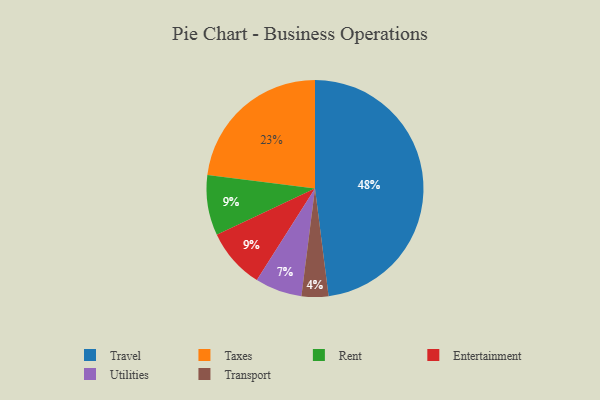
{"axis": {"x": "Category", "y": "Percentage"}, "legend": ["Entertainment", "Rent", "Taxes", "Transport", "Travel", "Utilities"], "data": [{"x": "Taxes", "y": 23, "type": "Taxes"}, {"x": "Rent", "y": 9, "type": "Rent"}, {"x": "Transport", "y": 4, "type": "Transport"}, {"x": "Travel", "y": 48, "type": "Travel"}, {"x": "Utilities", "y": 7, "type": "Utilities"}, {"x": "Entertainment", "y": 9, "type": "Entertainment"}]}